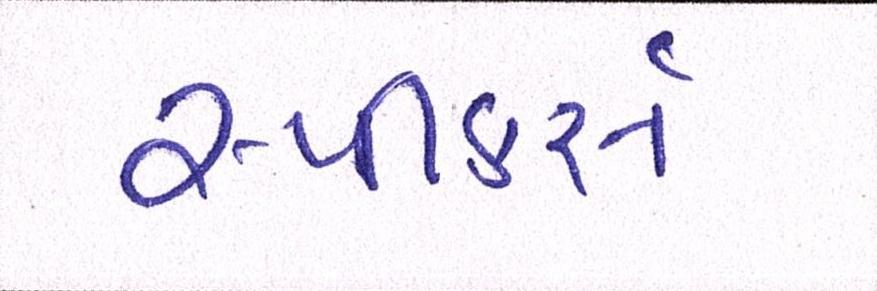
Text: સ્પીકર્સ